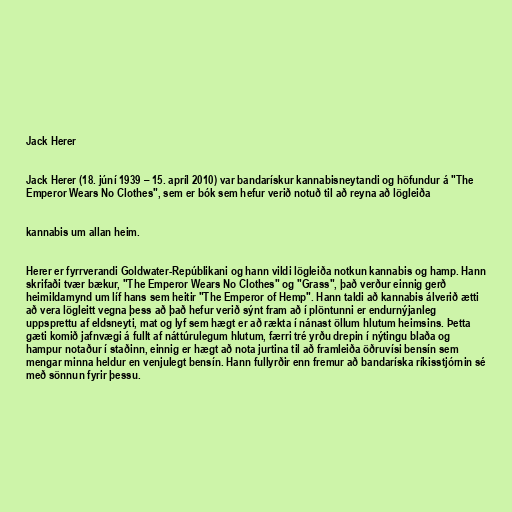
Jack Herer

Jack Herer (18. júní 1939 – 15. apríl 2010) var bandarískur kannabisneytandi og höfundur á "The
Emperor Wears No Clothes", sem er bók sem hefur verið notuð til að reyna að lögleiða

kannabis um allan heim.

Herer er fyrrverandi Goldwater-Repúblikani og hann vildi lögleiða notkun kannabis og hamp. Hann
skrifaði tvær bækur, "The Emperor Wears No Clothes" og "Grass", það verður einnig gerð
heimildamynd um líf hans sem heitir "The Emperor of Hemp". Hann taldi að kannabis álverið ætti
að vera lögleitt vegna þess að það hefur verið sýnt fram að í plöntunni er endurnýjanleg
uppsprettu af eldsneyti, mat og lyf sem hægt er að rækta í nánast öllum hlutum heimsins. Þetta
gæti komið jafnvægi á fullt af náttúrulegum hlutum, færri tré yrðu drepin í nýtingu blaða og
hampur notaður í staðinn, einnig er hægt að nota jurtina til að framleiða öðruvísi bensín sem
mengar minna heldur en venjulegt bensín. Hann fullyrðir enn fremur að bandaríska ríkisstjórnin sé
með sönnun fyrir þessu.